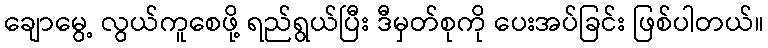
ချောမွေ့ လွယ်ကူစေဖို့ ရည်ရွယ်ပြီး ဒီမှတ်စုကို ပေးအပ်ခြင်း ဖြစ်ပါတယ်။